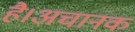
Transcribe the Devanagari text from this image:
है।अचानक